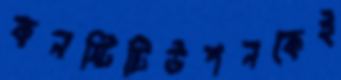
কনস্টিটিউশনকেই